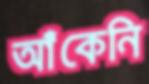
আঁকেনি